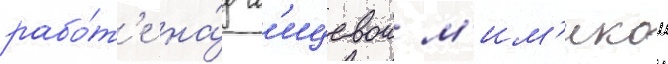
рабо́т'е на́д л'ицевои м'им'икои